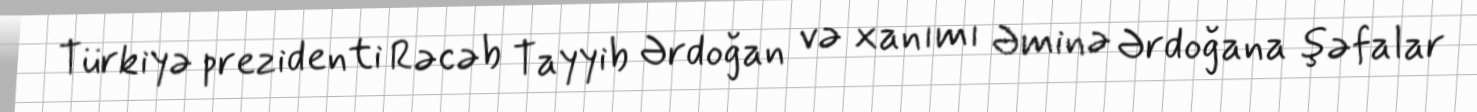
Türkiyə prezidenti Rəcəb Tayyib Ərdoğan və xanımı Əminə Ərdoğana şəfalar